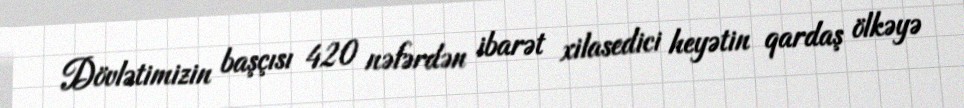
Dövlətimizin başçısı 420 nəfərdən ibarət xilasedici heyətin qardaş ölkəyə